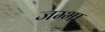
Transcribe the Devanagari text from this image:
जम्भा